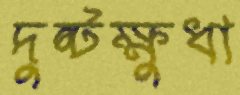
দুষ্টক্ষুধা